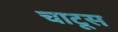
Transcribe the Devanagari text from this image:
चाटूस